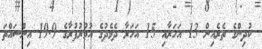
ކުދިންގެ ތެރެއިން 13 އަހަރާއި 15 އަހަރާ ދެމެދުގެ އުމުރުފުރާގެ 19.9 އިންސައްތަ